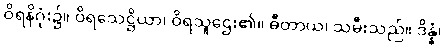
ဝိရနိဂုံး၌။ ဝိရသေဋ္ဌိယာ၊ ဝိရသူဌေး၏။ ဓီတာယ၊ သမီးသည်။ ဒိန္နံ၊